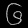
Digit: ၆